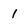
Character: 1